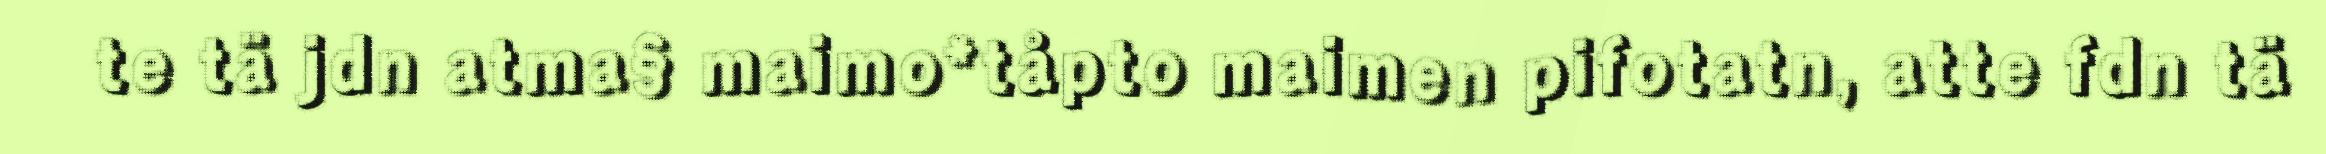
te tä jdn atma§ maimo*tåpto maimen pifotatn, atte fdn tä